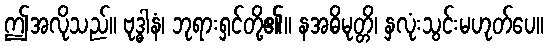
ဤအလိုသည်။ ဗုဒ္ဓါနံ၊ ဘုရားရှင်တို့၏။ နအဓိမုတ္တိ၊ နှလုံးသွင်းမဟုတ်ပေ။